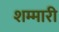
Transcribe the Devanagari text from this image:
शम्मारी